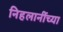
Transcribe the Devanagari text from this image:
निहलानींच्या